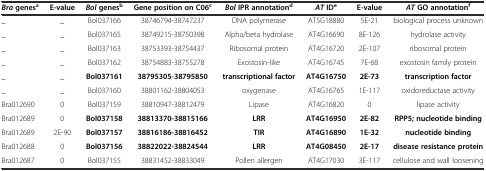
<table><thead><tr><td><b><i>Bra</i>genes<sup>a</sup></b></td><td><b>E-value</b></td><td><b><i>Bol</i>genes<sup>b</sup></b></td><td><b>Gene position on C06<sup>c</sup></b></td><td><b><i>Bol</i>IPR annotation<sup>d</sup></b></td><td><b><i>AT</i> ID <sup>e</sup></b></td><td><b>E-value</b></td><td><b><i>AT</i> GO annotation <sup>f</sup></b></td></tr></thead><tbody><tr><td>_</td><td>_</td><td>Bol037166</td><td>38746794-38747237</td><td>DNA polymerase</td><td>AT5G18880</td><td>5E-21</td><td>biological process unknown</td></tr><tr><td>_</td><td>_</td><td>Bol037165</td><td>38749215-38750398</td><td>Alpha/beta hydrolase</td><td>AT4G16690</td><td>8E-126</td><td>hydrolase activity</td></tr><tr><td>_</td><td>_</td><td>Bol037163</td><td>38753393-38754437</td><td>Ribosomal protein</td><td>AT4G16720</td><td>2E-107</td><td>ribosomal protein</td></tr><tr><td>_</td><td>_</td><td>Bol037162</td><td>38754883-38755278</td><td>Exostosin-like</td><td>AT4G16745</td><td>7E-68</td><td>exostosin family protein</td></tr><tr><td>_</td><td>_</td><td><b>Bol037161</b></td><td><b>38795305-38795850</b></td><td><b>transcriptional factor</b></td><td><b>AT4G16750</b></td><td><b>2E-73</b></td><td><b>transcription factor</b></td></tr><tr><td>_</td><td>_</td><td>Bol037160</td><td>38801162-38804053</td><td>oxygenase</td><td>AT4G16765</td><td>1E-117</td><td>oxidoreductase activity</td></tr><tr><td>Bra012690</td><td>0</td><td>Bol037159</td><td>38810947-38812479</td><td>Lipase</td><td>AT4G16820</td><td>0</td><td>lipase activity</td></tr><tr><td>Bra012689</td><td>0</td><td><b>Bol037158</b></td><td><b>38813370-38815166</b></td><td><b>LRR</b></td><td><b>AT4G16950</b></td><td><b>2E-82</b></td><td><b>RPP5; nucleotide binding</b></td></tr><tr><td>Bra012689</td><td>2E-90</td><td><b>Bol037157</b></td><td><b>38816186-38816452</b></td><td><b>TIR</b></td><td><b>AT4G16890</b></td><td><b>1E-32</b></td><td><b>nucleotide binding</b></td></tr><tr><td>Bra012688</td><td>0</td><td><b>Bol037156</b></td><td><b>38822022-38824544</b></td><td><b>LRR</b></td><td><b>AT4G08450</b></td><td><b>2E-17</b></td><td><b>disease resistance protein</b></td></tr><tr><td>Bra012687</td><td>0</td><td>Bol037155</td><td>38831452-38833049</td><td>Pollen allergen</td><td>AT4G17030</td><td>3E-117</td><td>cellulose and wall loosening</td></tr></tbody></table>